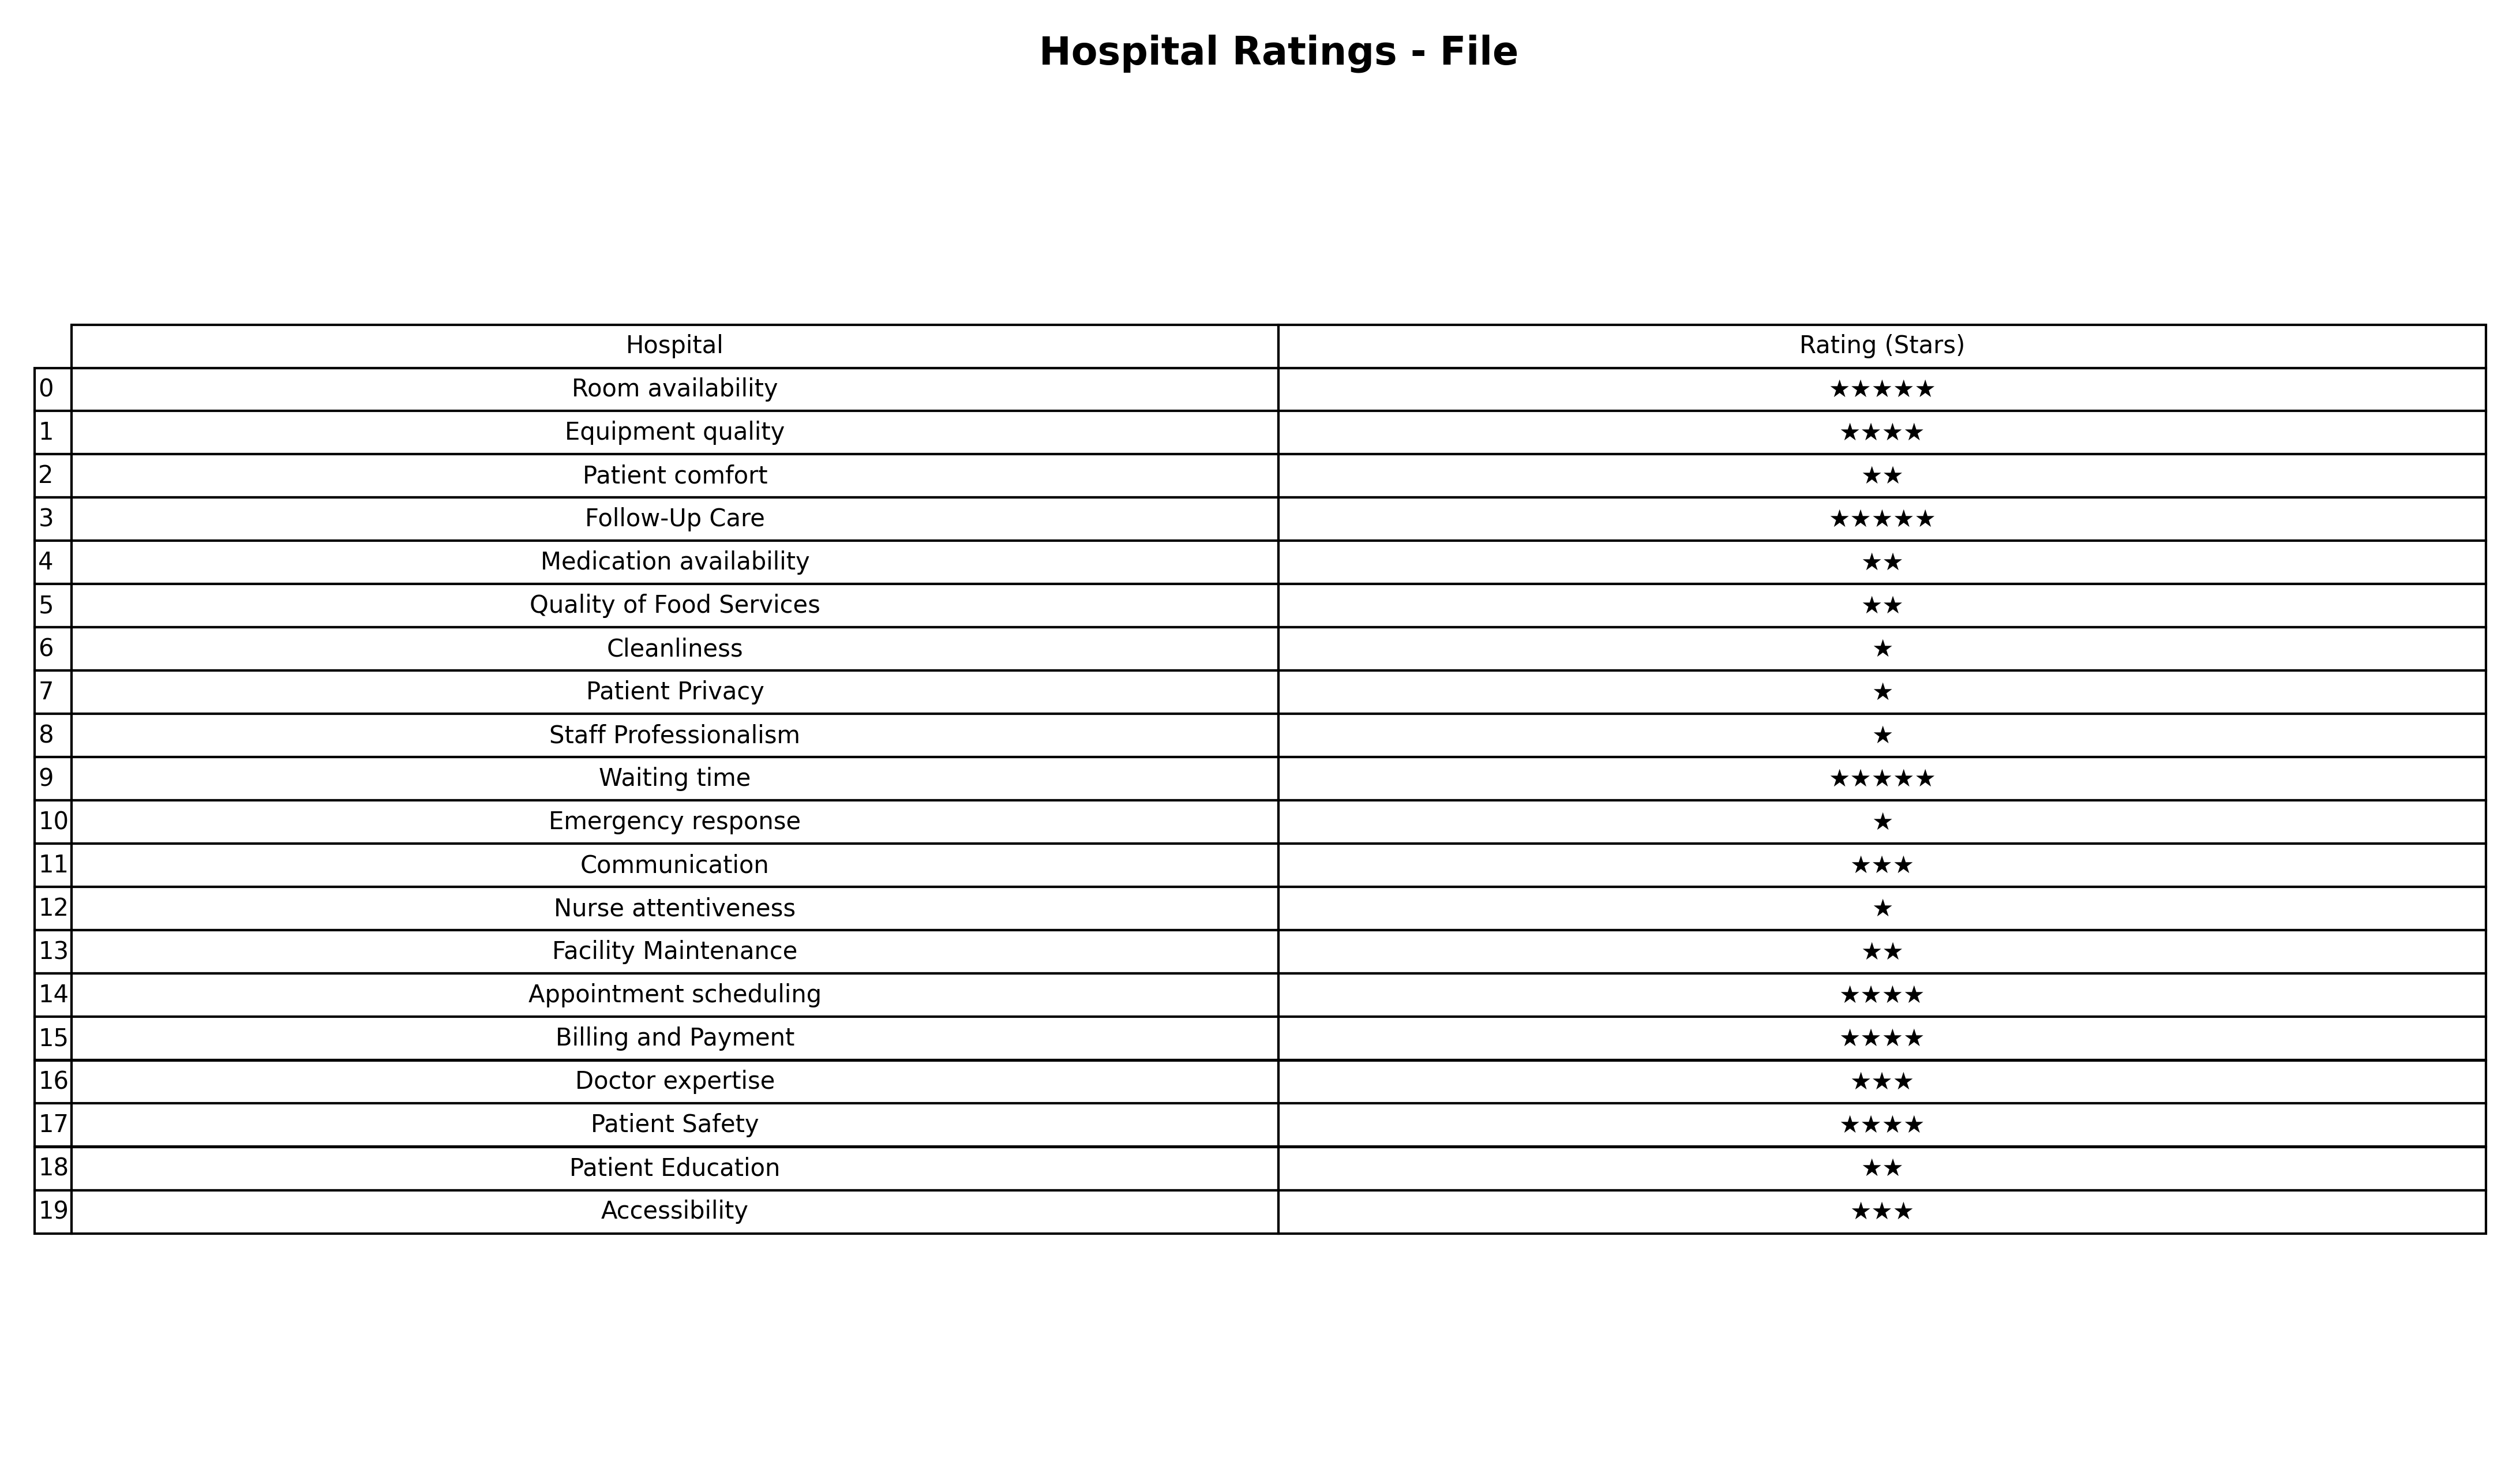
question: What are two star services?
answer: Patient comfortMedication availabilityQuality of Food ServicesFacility MaintenancePatient Education